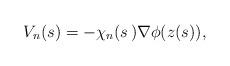
LaTeX: \begin{align*}V_n(s) = -\chi_n(s\,)\nabla\phi(z(s)),\end{align*}